Report of the Indian Hemp Drugs Commission, 1894-1895 - Volume V
Year: 1894
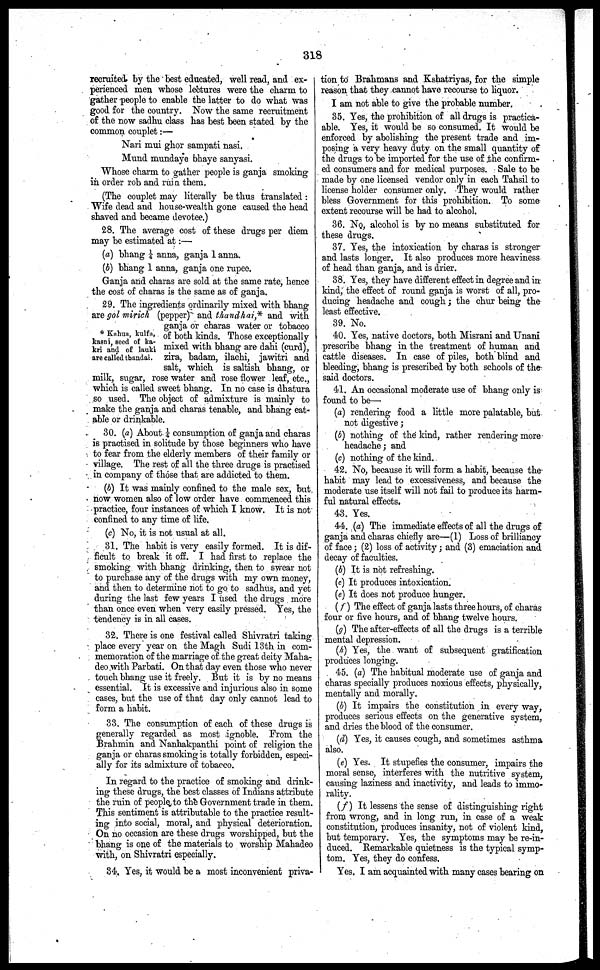
318
recruited by the best educated, well read, and ex-
perienced men whose lectures were the charm to
gather people to enable the latter to do what was
good for the country. Now the same recruitment
of the now sadhu class has best been stated by the
common couplet:—
Nari mui ghor sampati nasi.
Mund mundaye bhaye sanyasi.
Whose charm to gather people is ganja smoking
in order rob and ruin them.
(The couplet may literally be thus translated:
Wife dead and house-wealth gone caused the head
shaved and became devotee.)
28. The average cost of these drugs per diem
may be estimated at:—
(a) bhang 1/4 anna, ganja 1 anna.
(b) bhang 1 anna, ganja one rupee.
Ganja and charas are sold at the same rate, hence
the cost of charas is the same as of ganja.
* Kuhun, kulfa,
kasni, seed of ka-
kri and of lauki
are called thandai.
29. The ingredients ordinarily mixed with bhang
are gol mirich (pepper) and thundhai,* and with
ganja or charas water or tobacco
of both kinds. Those exceptionally
mixed with bhang are dahi (curd),
zira, badam, ilachi, jawitri and
salt, which is saltish bhang, or
milk, sugar, rose water and rose flower leaf, etc.,
which is called sweet bhang. In no case is dhatura
so used. The object of admixture is mainly to
make the ganja and charas tenable, and bhang eat-
able or drinkable.
30. (a) About 1/4 consumption of ganja and charas
is practised in solitude by those beginners who have
to fear from the elderly members of their family or
village. The rest of all the three drugs is practised
in company of those that are addicted to them.
(b) It was mainly confined to the male sex, but
now women also of low order have commenced this
practice, four instances of which I know. It is not
confined to any time of life.
(c) No, it is not usual at all.
31. The habit is very easily formed. It is dif-
ficult to break it off. I had first to replace the
smoking with bhang drinking, then to swear not
to purchase any of the drugs with my own money,
and then to determine not to go to sadhus, and yet
during the last few years I used the drugs more
than once even when very easily pressed. Yes, the
tendency is in all cases.
32. There is one festival called Shivratri taking
place every year on the Magh Sudi 13th in com-
memoration of the marriage of the great deity Maha-
deo with Parbati. On that day even those who never
touch bhang use it freely. But it is by no means
essential. It is excessive and injurious also in some
cases, but the use of that day only cannot lead to
form a habit.
33. The consumption of each of these drugs is
generally regarded as most ignoble. From the
Brahmin and Nanhakpanthi point of religion the
ganja or charas smoking is totally forbidden, especi-
ally for its admixture of tobacco.
In regard to the practice of smoking and drink-
ing these drugs, the best classes of Indians attribute
the ruin of people to the Government trade in them.
This sentiment is attributable to the practice result-
ing into social, moral, and physical deterioration.
On no occasion are these drugs worshipped, but the
bhang is one of the materials to worship Mahadeo
with, on Shivratri especially.
34. Yes, it would be a most inconvenient priva-
tion to Brahmans and Kshatriyas, for the simple
reason that they cannot have recourse to liquor.
I am not able to give the probable number.
35. Yes, the prohibition of all drugs is practica-
able. Yes, it would be so consumed. It would be
enforced by abolishing the present trade and im-
posing a very heavy duty on the small quantity of
the drugs to be imported for the use of the confirm-
ed consumers and for medical purposes. Sale to be
made by one licensed vendor only in each Tahsil to
license holder consumer only. They would rather
bless Government for this prohibition. To some
extent recourse will be had to alcohol.
36. No, alcohol is by no means substituted for
these drugs.
37. Yes, the intoxication by charas is stronger
and lasts longer. It also produces more heaviness
of head than ganja, and is drier.
38. Yes, they have different effect in degree and in
kind, the effect of round ganja is worst of all, pro-
ducing headache and cough; the chur being the
least effective.
39. No.
40. Yes, native doctors, both Misrani and Unani
prescribe bhang in the treatment of human and
cattle diseases. In case of piles, both blind and
bleeding, bhang is prescribed by both schools of the
said doctors.
41. An occasional moderate use of bhang only is
found to be—
(a) rendering food a little more palatable, but
not digestive;
(b) nothing of the kind, rather rendering more
headache; and
(c) nothing of the kind.
42. No, because it will form a habit, because the
habit may lead to excessiveness, and because the
moderate use itself will not fail to produce its harm-
ful natural effects.
43. Yes.
44. (a) The immediate effects of all the drugs of
ganja and charas chiefly are—(1) Loss of brilliancy
of face; (2) loss of activity; and (3) emaciation and
decay of faculties.
(b) It is not refreshing.
(c) It produces intoxication.
(e) It does not produce hunger.
(f) The effect of ganja lasts three hours, of charas
four or five hours, and of bhang twelve hours.
(g) The after-effects of all the drugs is a terrible
mental depression.
(h) Yes, the want of subsequent gratification
produces longing.
45. (a) The habitual moderate use of ganja and
charas specially produces noxious effects, physically,
mentally and morally.
(b) It impairs the constitution in every way,
produces serious effects on the generative system,
and dries the blood of the consumer.
(d) Yes, it causes cough, and sometimes asthma
also.
(e) Yes. It stupefies the consumer, impairs the
moral sense, interferes with the nutritive system,
causing laziness and inactivity, and leads to immo-
rality.
(f) It lessens the sense of distinguishing right
from wrong, and in long run, in case of a weak
constitution, produces insanity, not of violent kind,
but temporary. Yes, the symptoms may be re-in-
duced. Remarkable quietness is the typical symp-
tom. Yes, they do confess.
Yes. I am acquainted with many cases bearing on